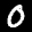
Label: 0